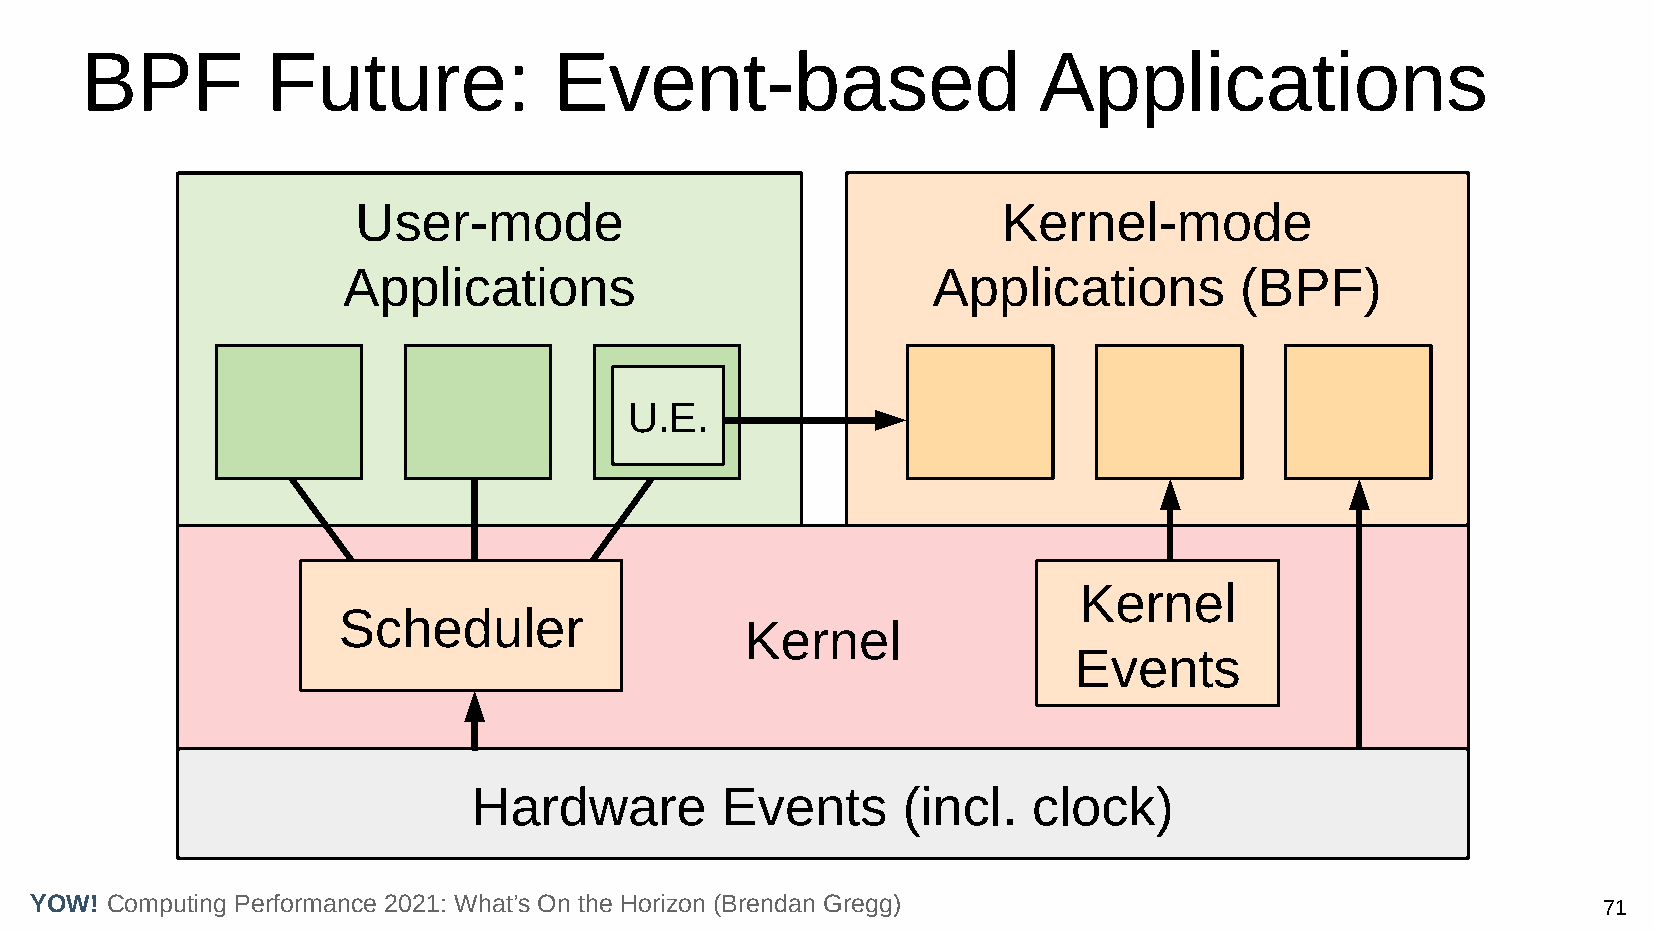
BPF          Future:            Event-based                     Applications
 User-mode                                 Kernel-mode
 Applications                           Applications        (BPF)
 U.E.
 Kernel
 Scheduler
 Kernel
 Events
 Hardware         Events      (incl.  clock)
 YOW! Computing Performance 2021: What’s On the Horizon (Brendan Gregg)                                  71